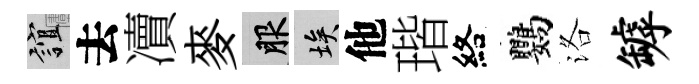
誼去凟麥服埃他瑎絡鸚洛罅